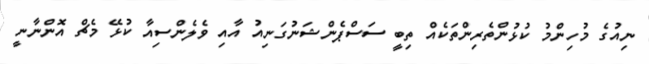
ނިއުގެ މުހިންމު ކުޅުންތެރިންތަކެއް ތިބީ ސަސްޕެންޝަނުގަނިއު އާއި ވެލެންސިއާ ކުޅޭ މެޗް އޮންނާނީ